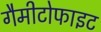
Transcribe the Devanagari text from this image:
गैमीटोफाइट